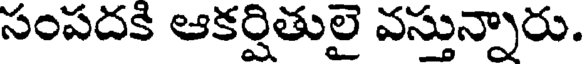
సంపదకి ఆకర్షితులై వస్తున్నారు.